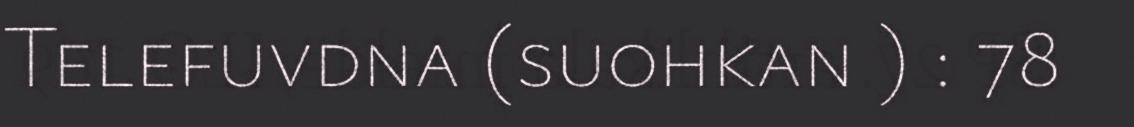
Telefuvdna (suohkan ) : 78